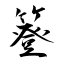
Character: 簦